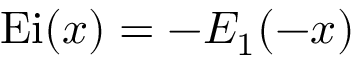
\operatorname { E i } ( x ) = - E _ { 1 } ( - x )